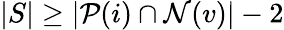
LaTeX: |S|\geq|\mathcal{P}(i)\cap\mathcal{N}(v)|-2